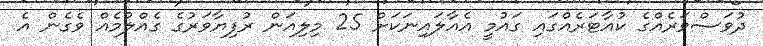
ދުވަސްވަރެއްގެ ކުއާޓަރެއްގައި ގައުމީ އެއާލައިނަކަށް 25 މިލިއަން ރުފިޔާވަރުގެ ގެއްލުމެއް ވެގެން އެ